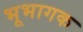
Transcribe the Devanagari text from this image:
भूभागक